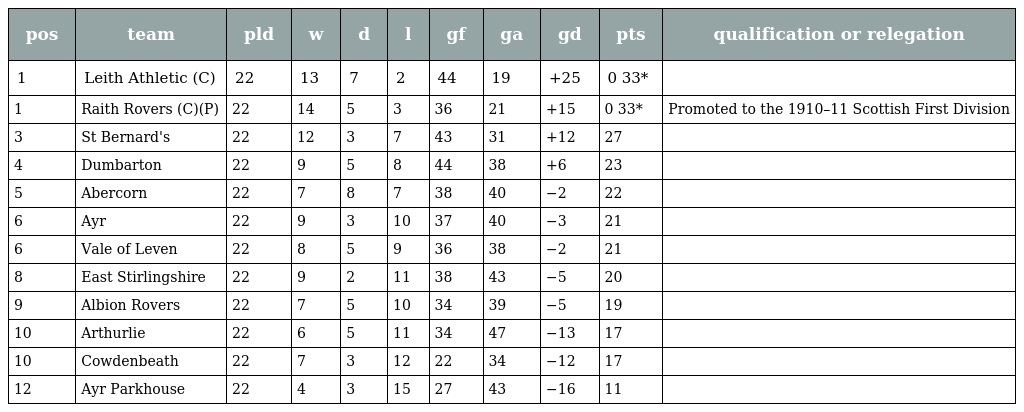
| pos | team | pld | w | d | l | gf | ga | gd | pts | qualification or relegation |
 | --- | --- | --- | --- | --- | --- | --- | --- | --- | --- | --- |
 | 1 | Leith Athletic (C) | 22 | 13 | 7 | 2 | 44 | 19 | +25 | 0 33* |  |
 | 1 | Raith Rovers (C)(P) | 22 | 14 | 5 | 3 | 36 | 21 | +15 | 0 33* | Promoted to the 1910–11 Scottish First Division |
 | 3 | St Bernard's | 22 | 12 | 3 | 7 | 43 | 31 | +12 | 27 |  |
 | 4 | Dumbarton | 22 | 9 | 5 | 8 | 44 | 38 | +6 | 23 |  |
 | 5 | Abercorn | 22 | 7 | 8 | 7 | 38 | 40 | −2 | 22 |  |
 | 6 | Ayr | 22 | 9 | 3 | 10 | 37 | 40 | −3 | 21 |  |
 | 6 | Vale of Leven | 22 | 8 | 5 | 9 | 36 | 38 | −2 | 21 |  |
 | 8 | East Stirlingshire | 22 | 9 | 2 | 11 | 38 | 43 | −5 | 20 |  |
 | 9 | Albion Rovers | 22 | 7 | 5 | 10 | 34 | 39 | −5 | 19 |  |
 | 10 | Arthurlie | 22 | 6 | 5 | 11 | 34 | 47 | −13 | 17 |  |
 | 10 | Cowdenbeath | 22 | 7 | 3 | 12 | 22 | 34 | −12 | 17 |  |
 | 12 | Ayr Parkhouse | 22 | 4 | 3 | 15 | 27 | 43 | −16 | 11 |  |